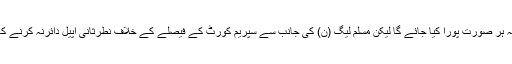
مسلم لیگ (ن) کے ذرائع کا یہ بھی بتانا ہے کہ عدالتی حکم پر عملدرآمد کا قانونی تقاضہ ہر صورت پورا کیا جائے گا لیکن مسلم لیگ (ن) کی جانب سے سپریم کورٹ کے فیصلے کے خلاف نطرثانی اپیل دائرنہ کرنے کا امکان ہے کیونکہ ماضی میں نظرثانی اپیل پر مسلم لیگ (ن )کو کوئی ریلیف نہیں ملا۔